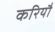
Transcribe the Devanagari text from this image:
करियौ